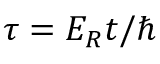
\tau = E _ { R } t / \hbar